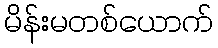
မိန်းမတစ်ယောက်